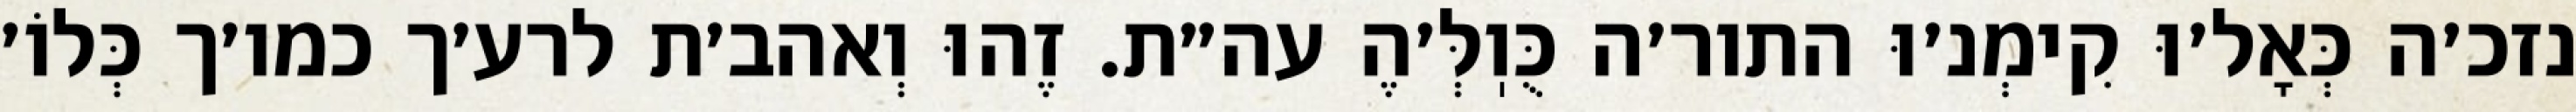
נזכ׳ה כְּאָל׳וּ קִימְנ׳וּ התור׳ה כֻּוֽלְּ׳הֶ עה״ת. זֶהוּ וְאהב׳ת לרע׳ך כמו׳ך כְּלוֹ׳